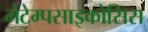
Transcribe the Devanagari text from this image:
मेटेम्पसाइकोसिस